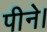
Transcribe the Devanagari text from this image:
पीने।